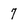
Character: 7